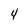
Character: 4